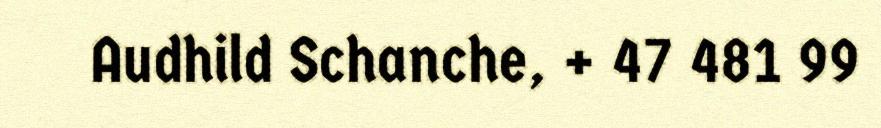
Audhild Schanche, + 47 481 99